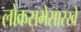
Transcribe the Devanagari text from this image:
लोकसभेसारखे